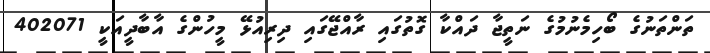
ތަންތަނުގެ ބޯހިމެނުމުގެ ނަތީޖާ ދައްކާ ގޮތުގައި ރާއްޖޭގައި ދިރިއުޅޭ މީހުންގެ އާބާދީއަކީ 402071